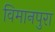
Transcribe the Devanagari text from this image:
विमानपुरा